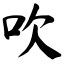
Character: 吹